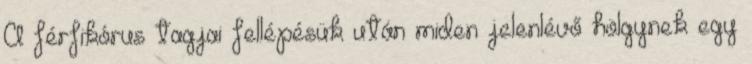
A férfikórus tagjai fellépésük után miden jelenlévő hölgynek egy